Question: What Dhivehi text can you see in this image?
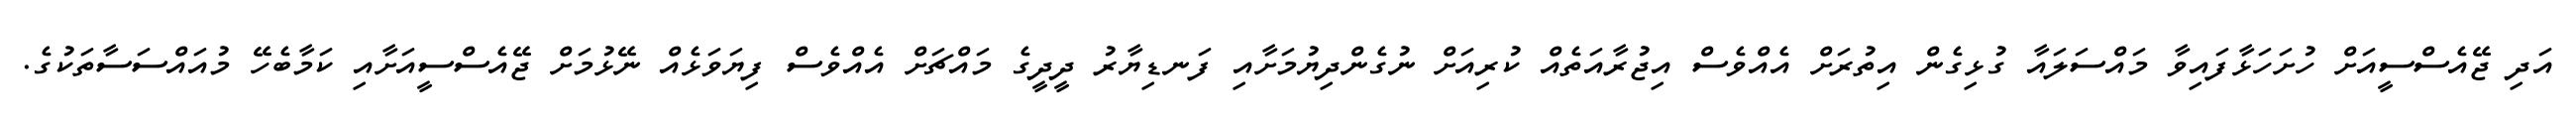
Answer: އަދި ޖޭއެސްސީއަށް ހުށަހަޅާފައިވާ މައްސަލައާ ގުޅިގެން އިތުރަށް އެއްވެސް އިޖުރާއަތެއް ކުރިއަށް ނުގެންދިޔުމަށާއި ފަނޑިޔާރު ދީދީގެ މައްޗަށް އެއްވެސް ފިޔަވަޅެއް ނޭޅުމަށް ޖޭއެސްސީއަށާއި ކަމާބެހޭ މުއައްސަސާތަކުގެ.